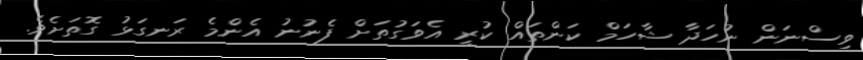
ވިސްނަން ނުހަދާ ޝާހަމް ކަންތައް ކުރީ އެވަގުތަށް ފެނުނު އެންމެ ރަނގަޅު ގޮތަށެވެ.